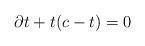
LaTeX: \begin{align*} \partial t+ t(c-t)=0 \end{align*}